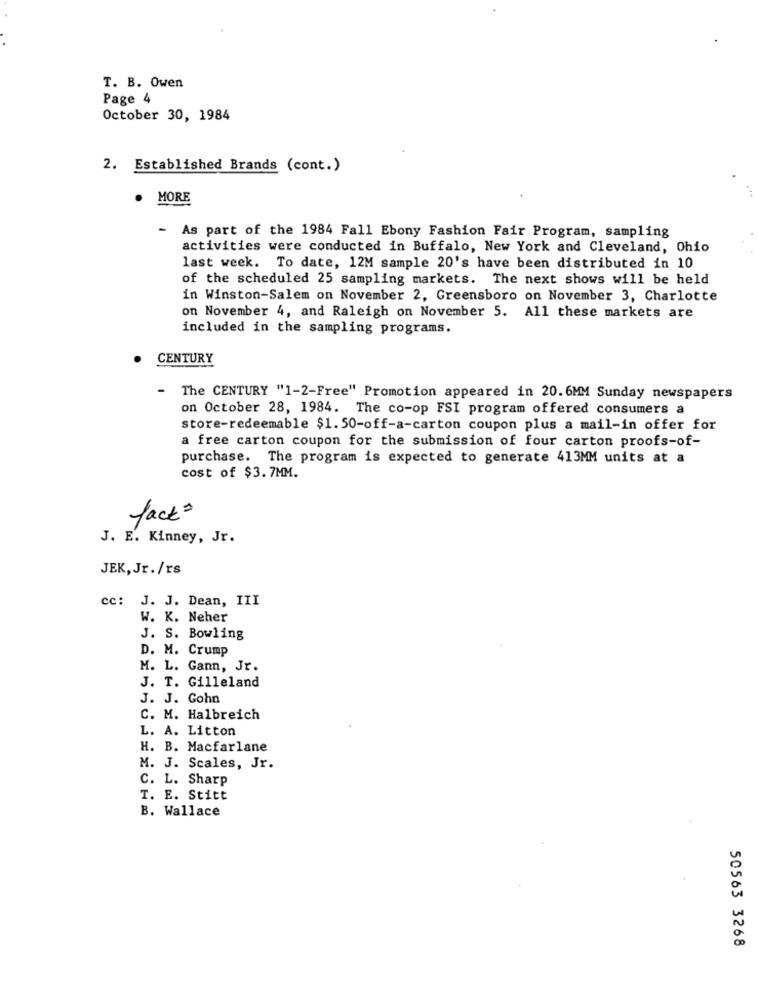
T. B. Owen
Page 4
October 30, 1984
2. Established Brands (cont.)
MORE
- As part of the 1984 Fall Ebony Fashion Fair Program, sampling
activities were conducted in Buffalo, New York and Cleveland, Ohio
last week. To date, 12M sample 20's have been distributed in 10
of the scheduled 25 sampling markets. The next shows will be held
in Winston-Salem on November 2, Greensboro on November 3, Charlotte
on November 4, and Raleigh on November 5. All these markets are
included in the sampling programs.
CENTURY
-
The CENTURY "1-2-Free" Promotion appeared in 20.6MM Sunday newspapers
on October 28, 1984. The co-op FSI program offered consumers a
store-redeemable $1. 50-off-a-carton coupon plus a mail-in offer for
a free carton coupon for the submission of four carton proofs-of-
purchase. The program is expected to generate 413MM units at a
cost of $3.7MM.
facto
J. E. Kinney, Jr.
JEK, Jr./rs
cc: J. J. Dean, III
W. K. Neher
J. S. Bowling
D. M. Crump
M. L. Gann, Jr.
J. T. Gilleland
J. J. Gohn
C. M. Halbreich
L. A. Litton
H. B. Macfarlane
M. J. Scales, Jr.
C. L. Sharp
T. E. Stitt
B. Wallace
50563 3268